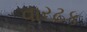
વારટક